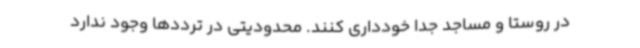
در روستا و مساجد جدا خودداری کنند. محدودیتی در ترددها وجود ندارد